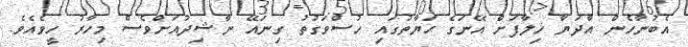
އެބުނާހެން އާދަޔާ ޚިލާފަށް އޭނަގެ ޙަޔާތުގައި ހުސްވަގުތު ގިނައޭ ނާޝިދުއަށްވެސް މިހާރު ހީވެއެވެ.